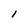
Character: l